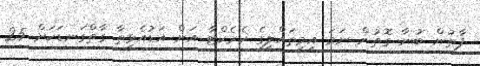
ފާތުން ބުނާ ގޮތުން ނަމަ އިމިތައްލީގެ ކެރެކްޓާ އަށް އަޑުއެޅިތާ ގާތްގަނޑަކަށް 25